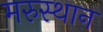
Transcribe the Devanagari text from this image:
मरुस्थान